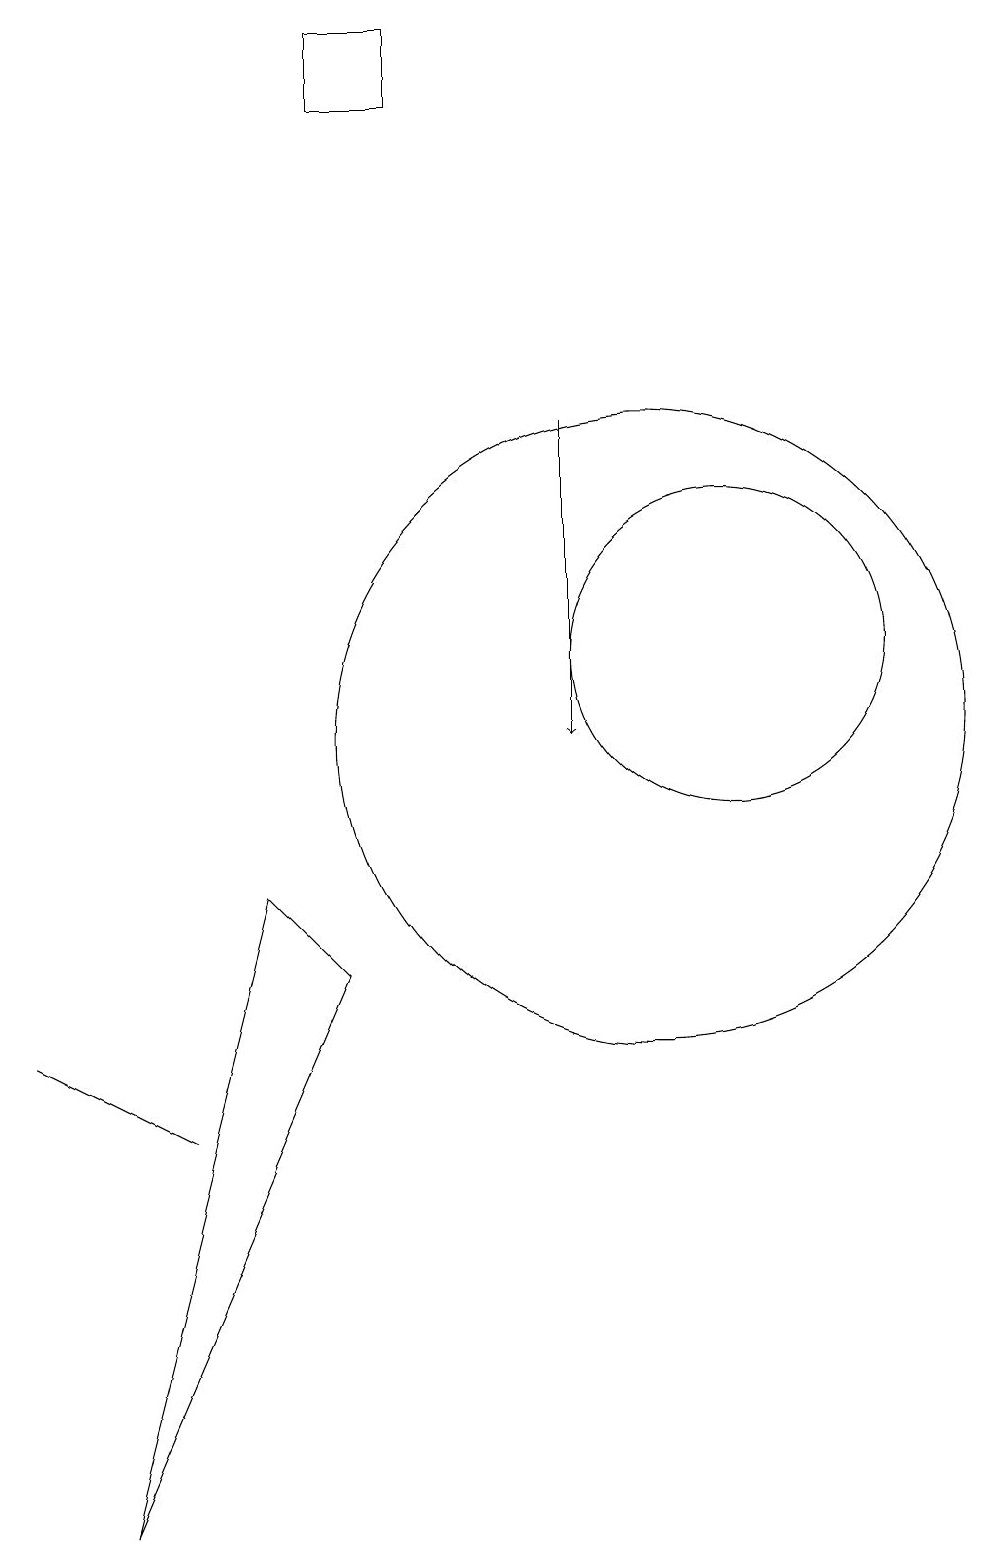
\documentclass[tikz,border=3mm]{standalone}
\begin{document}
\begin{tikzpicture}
\draw (2,6) -- (4,5) -- (4,5) -- cycle;
\draw (3,0) -- (5,8) -- (6,7) -- cycle;
\draw (10,10) circle (4);
\draw (6,19) rectangle (7,18);
\draw (11,11) circle (2);
\draw[->] (9,14) -- (9,10);
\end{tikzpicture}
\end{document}